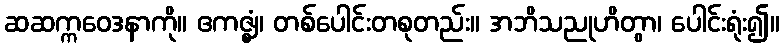
ဆဆက္ကဝေဒနာကို။ ဧကဇ္ဈံ၊ တစ်ပေါင်းတစုတည်း။ အဘိသညုဟိတွာ၊ ပေါင်းရုံး၍။